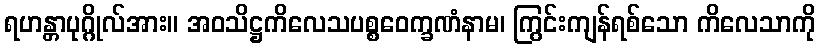
ရဟန္တာပုဂ္ဂိုလ်အား။ အဝသိဋ္ဌကိလေသပစ္စဝေက္ခဏံနာမ၊ ကြွင်းကျန်ရစ်သော ကိလေသာကို